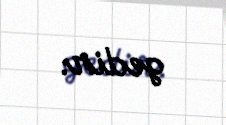
gedir.